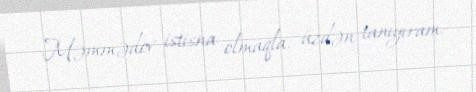
Məmmədov istisna olmaqla, üzdən tanıyıram.